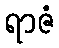
ရာဇံ